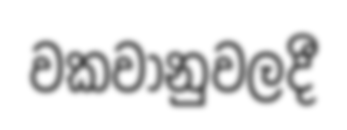
වකවානුවලදී